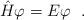
LaTeX: \begin{align*}\hat{H} \varphi = E \varphi\ \ .\end{align*}